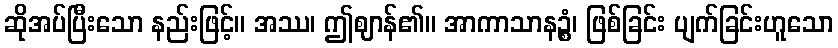
ဆိုအပ်ပြီးသော နည်းဖြင့်။ အဿ၊ ဤဈာန်၏။ အာကာသာနဉ္စံ၊ ဖြစ်ခြင်း ပျက်ခြင်းဟူသော